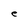
Character: e